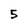
Character: 5